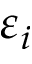
\varepsilon _ { i }